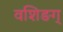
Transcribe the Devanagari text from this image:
वशिङग्